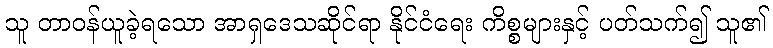
သူ တာဝန်ယူခဲ့ရသော အာရှဒေသဆိုင်ရာ နိုင်ငံရေး ကိစ္စများနှင့် ပတ်သက်၍ သူ၏